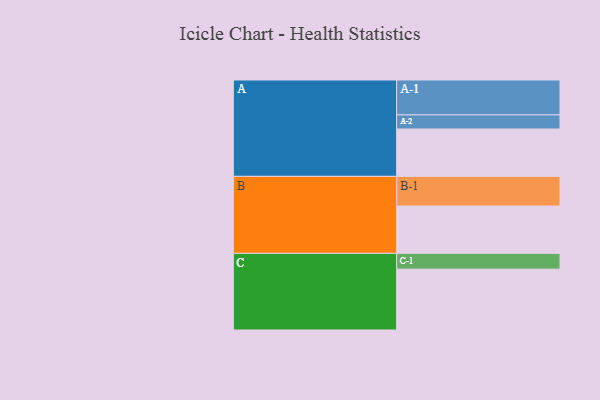
{"axis": {"x": "Segment", "y": "Value"}, "legend": ["", "A", "B", "C"], "data": [{"x": "A", "y": 372, "type": ""}, {"x": "B", "y": 372, "type": ""}, {"x": "C", "y": 478, "type": ""}, {"x": "A-1", "y": 274, "type": "A"}, {"x": "A-2", "y": 111, "type": "A"}, {"x": "B-1", "y": 233, "type": "B"}, {"x": "C-1", "y": 124, "type": "C"}]}